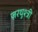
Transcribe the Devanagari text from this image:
ज़रथुश्त्री